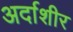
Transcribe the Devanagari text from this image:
अर्दाशीर